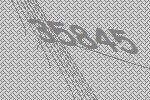
35845